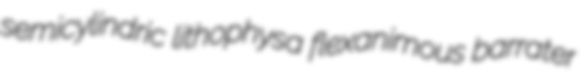
semicylindric lithophysa flexanimous barrater